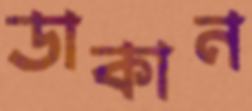
ডাকান